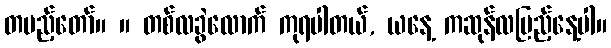
တပည့်တော်။ ။ တစ်လခွဲလောက် ကုရပါတယ်, ယနေ့ ကဆုန်လပြည့်နေ့ပါ။